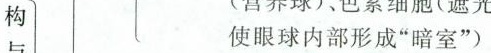
构 使眼球内部形成”暗室”)